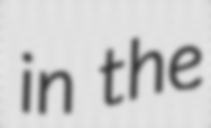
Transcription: in the